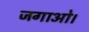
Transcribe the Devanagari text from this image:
जगाओ।